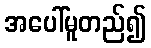
အပေါ်မူတည်၍